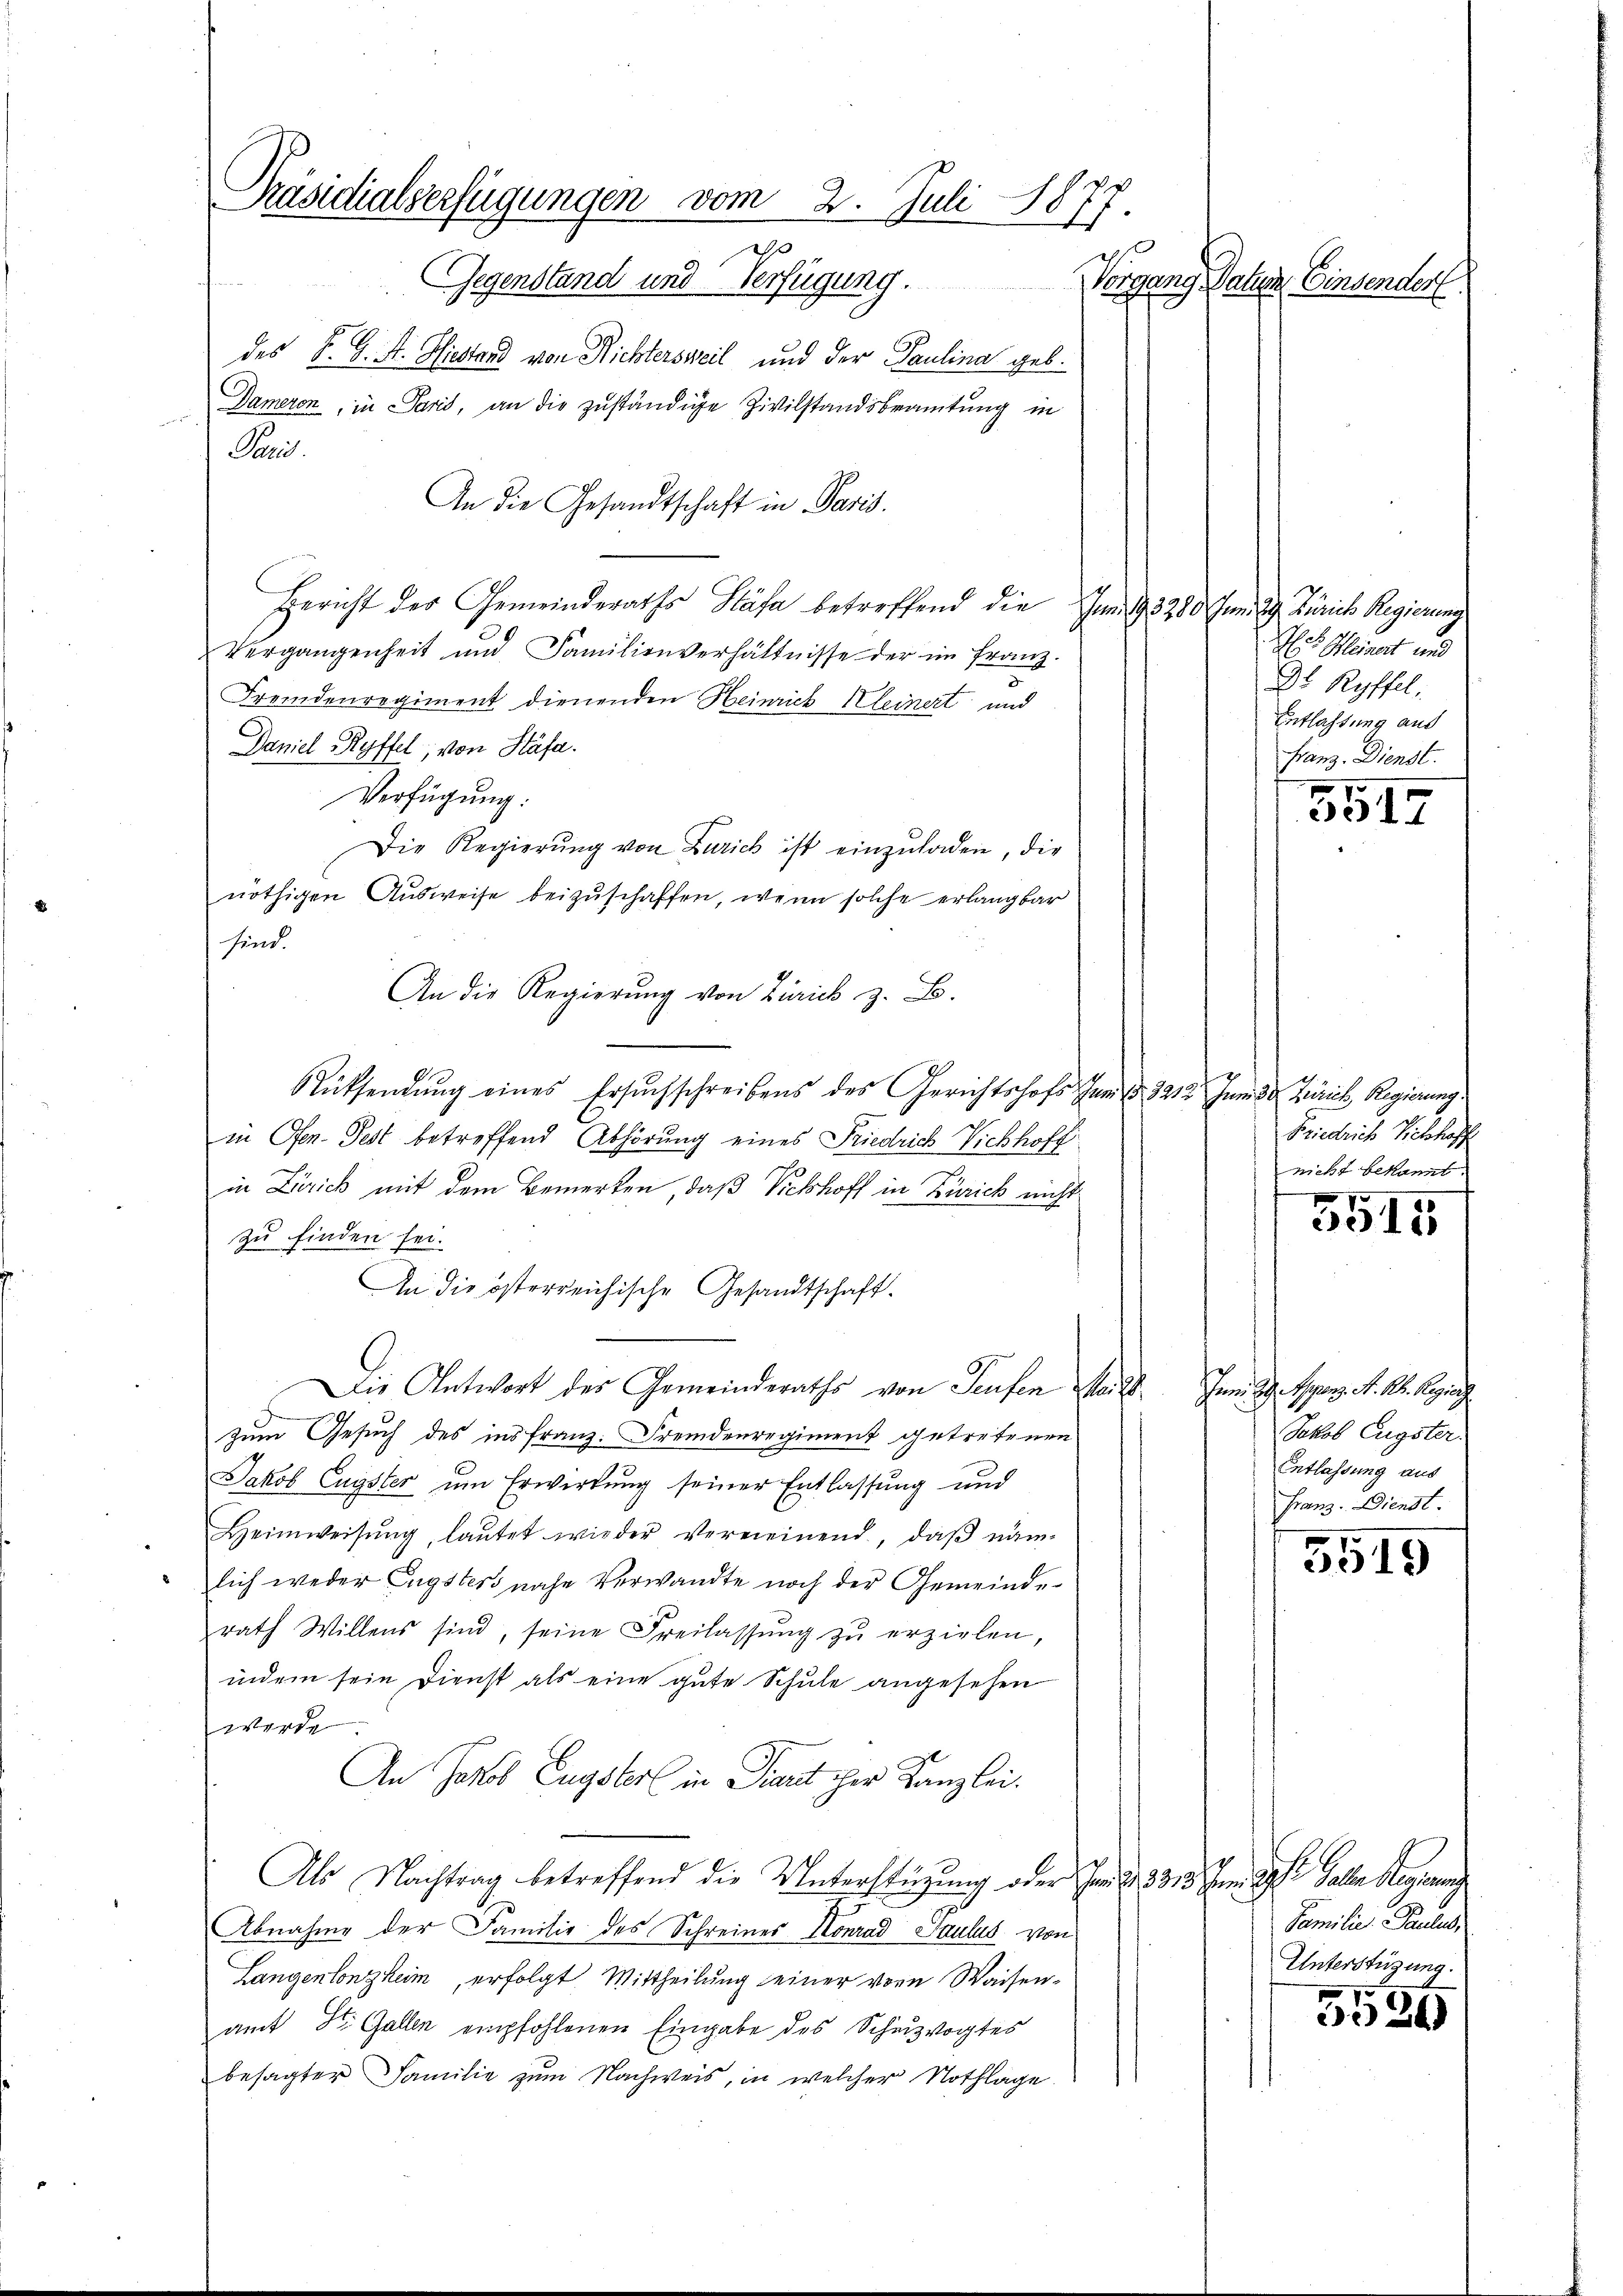
Präsidialverfügungen vom 2. Juli 1877
Gegenstand und Verfügung.
Vorgang Datum Einsender

des B. G. A. Hiestand von Richtersweil und der Paulina geb.
Dameron, in Paris, an die zuständige Zivilstandsbeamtung in
Paris.
An die Gesandtschaft in Paris.
Gericht der Gemeinderaths Kása betreffend die Juni 193280 Juni 29. Zürich Regierung
Vergangenheit und Familienverhältnisse der im Franz.
Fremdenregiment dienenden Heinrich Kleinert und
Daniel Ryffel, von Stäfa.
Verfügung:
Die Regierŭng von Zürich ist einzŭladen, die
nöthigen Ausweise beizuschaffen, wenn solche erlangbar
An die Regierung von Zürich z. B.
Rücksendŭng eines Ersuchschreibens des Gerichtshofs Juni d. 2212. Juni 3 Zürich Regierung
in Pfen. Fest betreffend Abhörung eines Friedrich Vickhoff
in Zürich mit dem Bemerken, daß Rickhoff in Zürich nicht
zu finden sei.
An die österreichische Gesandtschaft.
Die Antwort des Gemeinderaths von Seufen Weil
zum Gesuch des ins franz. Fremdenregiment getretenen
Jakob Eugster um Erwirkung seiner Entlassung und
Heimweisŭng, laŭtet wieder vermeinend, daβ näm-
lich weder Engsters nahe Verwandte noch der Gemeinde
rath Willens sind, seine Freilassŭng zŭ erzielen,
indem sein Dienst als eine gute Schule angesehen
werde.
An Jakob Eugster in Tiert ihre Kanzlei.
Als Nachtrag betreffend die Unterstützung oder I. §. 3313. Im Gott. Galle Regierung
Abnahme der Familie des Schreines Konrad Paulus von
Langenlonzheim, erfolgt. Mittheilung seiner von Waisenamt St. Gallen empfohlenen Eingabe des Schutzvogtes
besagter Familie zum Nachweis, in welcher Nothlage.

sind.

is Kleinert und
Dr Ryffel,
Entlassung auf
Franz. Dienst.

3517

Friedrich Vickhoff
nicht bekannt.

7
3315

Jan. 1. Sepanz. R. M. Regie
Jakob Eugster.
Entlassung aus
Franz. Dienst.

5519

Familie Paulus,
Unterstüzung.

5520